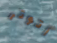
أتوتر